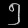
Digit: ၅